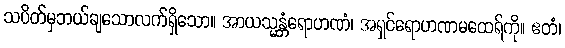
သပိတ်မှဘယ်ချသောလက်ရှိသော။ အာယသ္မန္တံရောဟဏံ၊ အရှင်ရောဟဏမထေရ်ကို။ ဧတံ၊